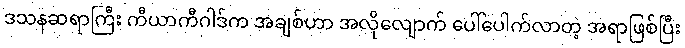
ဒသနဆရာကြီး ကီယာကီဂါဒ်က အချစ်ဟာ အလိုလျောက် ပေါ်ပေါက်လာတဲ့ အရာဖြစ်ပြီး